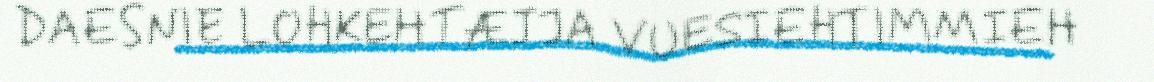
DAESNIE LOHKEHTÆJJA VUESIEHTIMMIEH